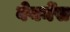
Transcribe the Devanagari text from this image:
वेयर्नेस